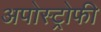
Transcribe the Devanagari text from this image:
अपोस्ट्रोफी